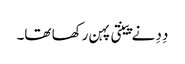
دِدِ نے پینتی پہن رکھا تھا۔